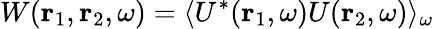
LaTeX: W(\mathbf{r}_{1},\mathbf{r}_{2},\omega)=\langle U^{*}(\mathbf{r}_{1},\omega)U(\mathbf{r}_{2},\omega)\rangle_{\omega}